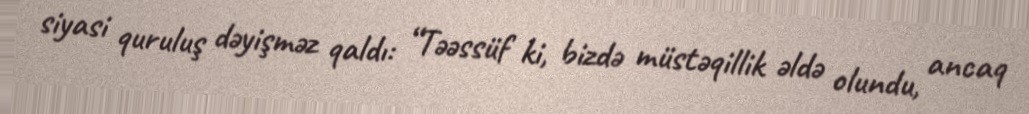
siyasi quruluş dəyişməz qaldı: “Təəssüf ki, bizdə müstəqillik əldə olundu, ancaq